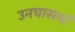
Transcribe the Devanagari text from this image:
उनचासवाँ